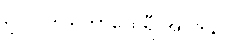
ဥပ္ပလဒါယိကာထေရီ အပဒါန။